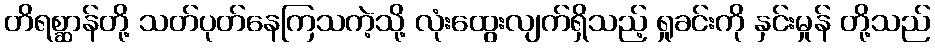
တိရစ္ဆာန်တို့ သတ်ပုတ်နေကြသကဲ့သို့ လုံးထွေးလျက်ရှိသည့် ရှုခင်းကို နှင်းမှုန် တို့သည်